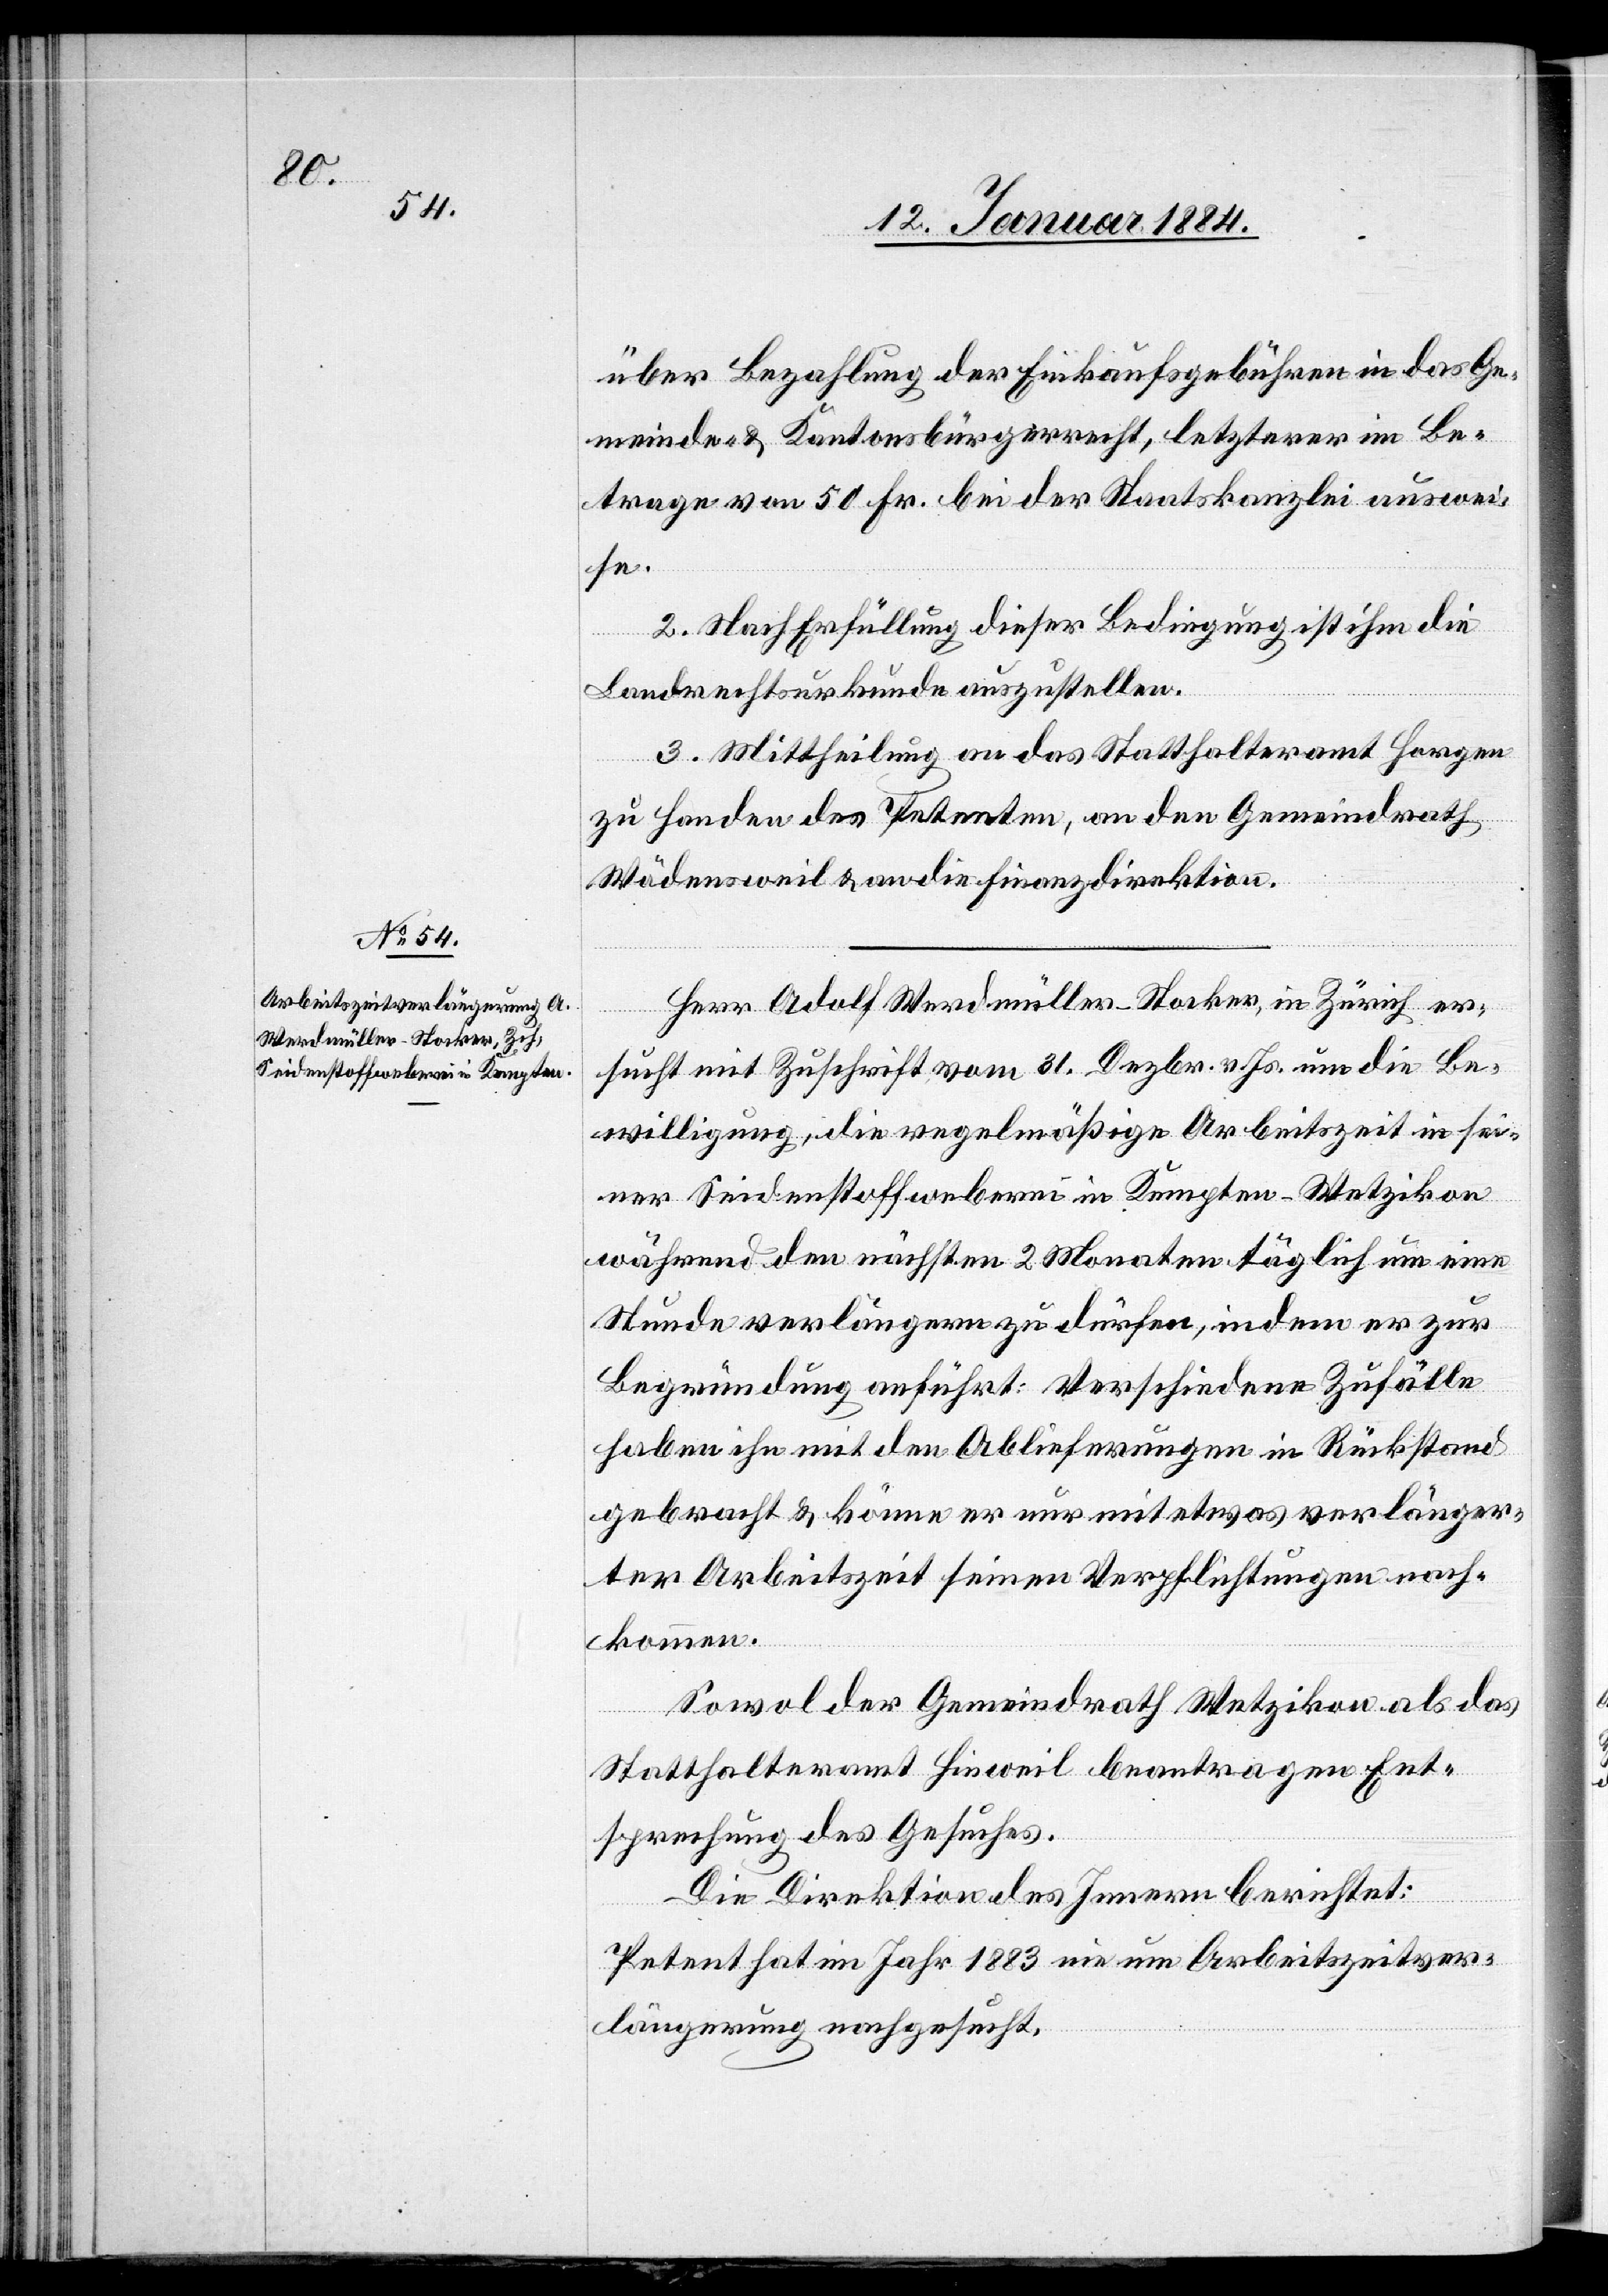
über Bezahlung der Einkaufsgebühren in das Ge¬
meinde- & Kantonsbürgerrecht, letzterer im Be¬
trage von 50 Fr. bei der Staatskanzlei auswei¬
se.
2. Nach Erfüllung dieser Bedingung ist ihm die
Landrechtsurkunde auszustellen.
3. Mittheilung an das Statthalteramt Horgen
zu Handen des Petenten, an den Gemeindrath
Wädensweil & an die Finanzdirektion.
Herr Adolf Werdmüller-Stocker, in Zürich, er¬
sucht mit Zuschrift vom 31. Dezbr. v. Js. um die Be¬
willigung, die regelmäßige Arbeitszeit in sei¬
ner Seidenstoffweberei in Kempten - Wetzikon
während den nächsten 2 Monaten täglich um eine
Stunde verlängern zu dürfen, indem er zur
Begründung anführt: Verschiedene Zufälle
haben ihn mit den Ablieferungen in Rückstand
gebracht & könne er nur mit etwas verlänger¬
ter Arbeitszeit seinen Verpflichtungen nach¬
kommen.
Sowol der Gemeindrath Wetzikon als das
Statthalteramt Hinweil beantragen Ent¬
sprechung des Gesuches.
Die Direktion de Innern berichtet:
Petent hat im Jahr 1883 nie um Arbeitszeitver¬
längerung nachgesucht.